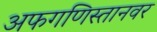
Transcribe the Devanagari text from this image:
अफगणिस्तानवर